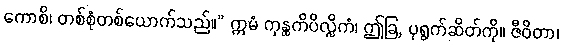
ကောစိ၊ တစ်စုံတစ်ယောက်သည်။” ဣမံ ကုန္ထကိပိလ္လိကံ၊ ဤခြ, ပုရွက်ဆိတ်ကို။ ဇီဝိတာ၊